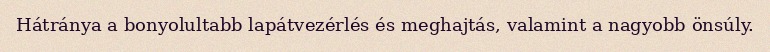
Hátránya a bonyolultabb lapátvezérlés és meghajtás, valamint a nagyobb önsúly.